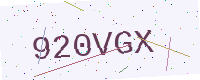
Text: 920VGX